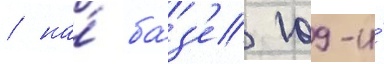
/ на́ ба́з'е 109-и́